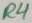
Text: R4